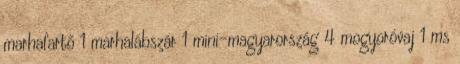
marhafartő 1 marhalábszár 1 mini-magyarország 4 mogyoróvaj 1 ms